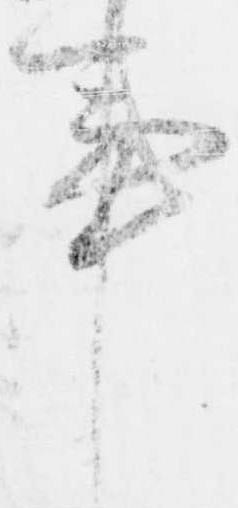
事